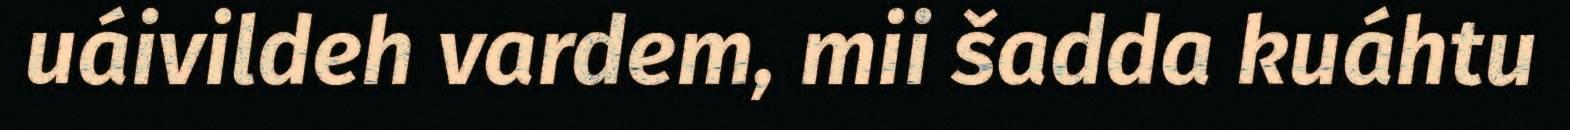
uáivildeh vardem, mii šadda kuáhtu